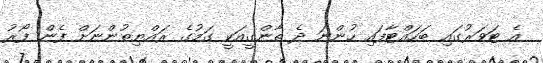
އެ ޓަވަރުގައި ބަހައްޓާފައި ހުންނަ ދެ ތާންގީއަކީ ގަމުގެ ރައްޔިތުންނަށް ފެން ފޯރު